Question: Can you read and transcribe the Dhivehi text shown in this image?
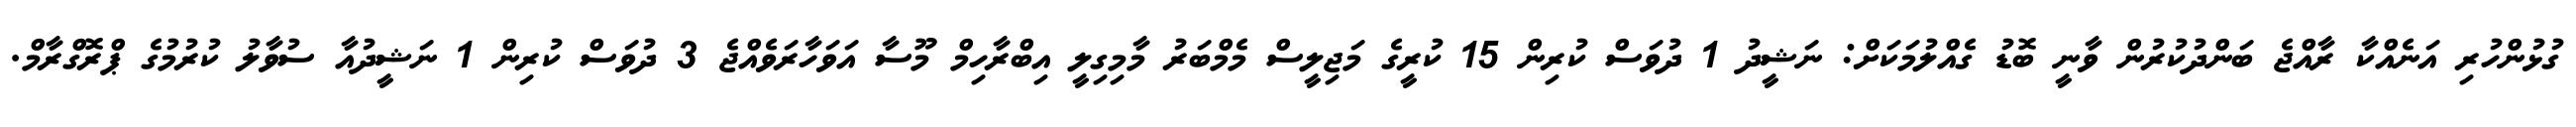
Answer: ގުޅުންހުރި އަނެއްކާ ރާއްޖެ ބަންދުކުރުން ވާނީ ބޮޑު ގެއްލުމަކަށް: ނަޝީދު 1 ދުވަސް ކުރިން 15 ކުރީގެ މަޖިލީސް މެމްބަރު މާމިގިލީ އިބްރާހިމް މޫސާ އަވަހާރަވެއްޖެ 3 ދުވަސް ކުރިން 1 ނަޝީދުއާ ސުވާލު ކުރުމުގެ ޕްރޮގްރާމް.